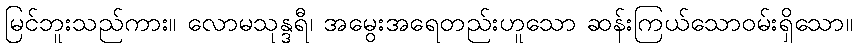
မြင်ဘူးသည်ကား။ လောမသုန္ဒရီ၊ အမွေးအရေတည်းဟူသော ဆန်းကြယ်သောဝမ်းရှိသော။